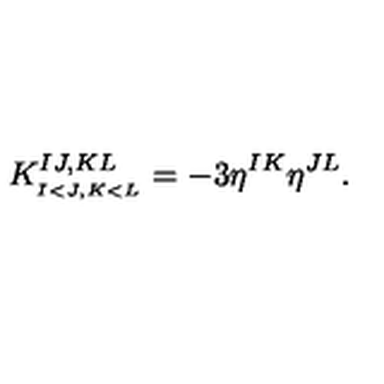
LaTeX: K _ { _ { I < J , K < L } } ^ { I J , K L } = - 3 \eta ^ { I K } \eta ^ { J L } .